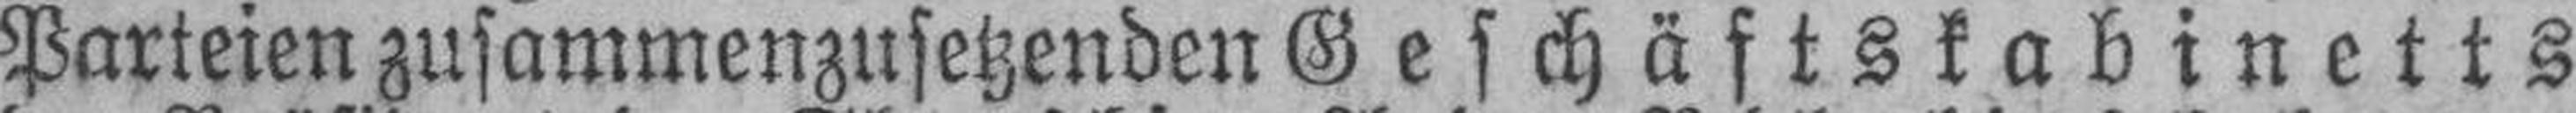
Parteien zusammenzusetzenden Geschäftskabinetts